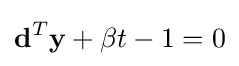
\mathbf {d} ^{T}\mathbf {y} +\beta t-1=0